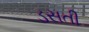
ડસતી